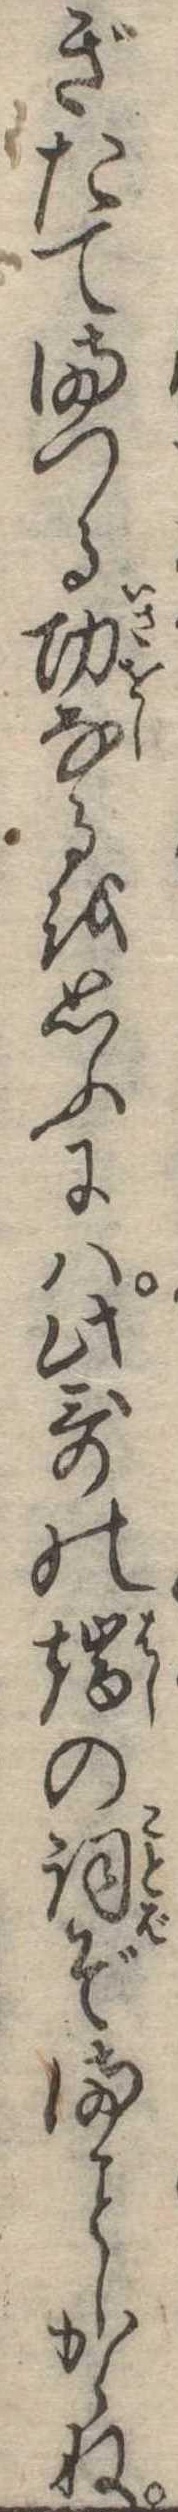
ぎたてまつる功なると思ふには此歌の端の詞ぞましからね